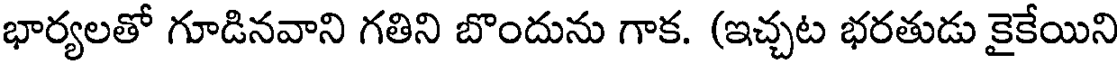
భార్యలతో గూడినవాని గతిని బొందును గాక. (ఇచ్చట భరతుడు కైకేయిని